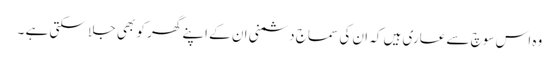
وہ اس سوچ سے عاری ہیں کہ ان کی سماج دشمنی ان کے اپنے گھر کو بھی جلا سکتی ہے ۔